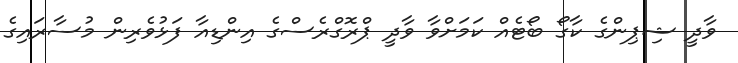
ވާދީ ޝިޕިންގެ ކާގޯ ބޯޓެއް ކަމަށްވާ ވާދީ ޕްރޮގްރެސްގެ އިންޑިއާ ފަޅުވެރިން މުސާރައިގެ